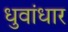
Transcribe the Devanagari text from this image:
धुवांधार